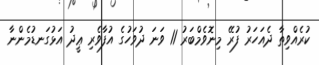
ކުރެއްވިތާ ދެއަހަރު ފުރޭ މިނޮވެމްބަރު 11 ވަނަ ދުވަހުގެ އުފާވެރި ޢީދު އަޅުގަނޑުމެންނާ